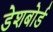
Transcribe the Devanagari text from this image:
डेशबोर्ड